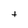
Character: t